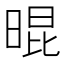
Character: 𣈀